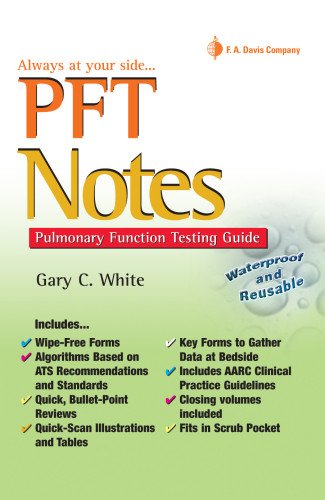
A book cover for PFT Notes: Pulmonary Function Testing Pocket Guide; Gary C. White MEd  RRT  RPFT; Medical Books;